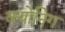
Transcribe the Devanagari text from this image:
क्योनिग